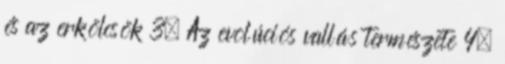
és az erkölcsök 3. Az evolúciós vallás természete 4.